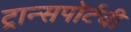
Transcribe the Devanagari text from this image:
ट्रान्सपोर्टची